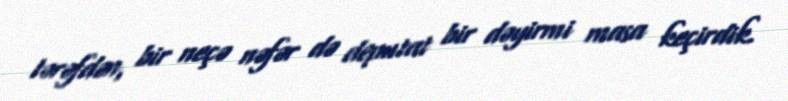
tərəfdən, bir neçə nəfər də deputat bir dəyirmi masa keçirdik.